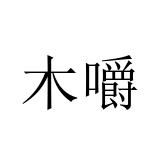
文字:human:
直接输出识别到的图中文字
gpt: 木嚼